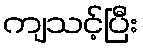
ကျသင့်ပြီး